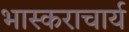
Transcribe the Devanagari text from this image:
भास्‍कराचार्य